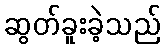
ဆွတ်ခူးခဲ့သည်